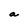
Character: a